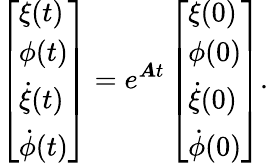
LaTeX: \left[\begin{array}{l}{\xi(t)}\\ {\phi(t)}\\ {\dot{\xi}(t)}\\ {\dot{\phi}(t)}\end{array}\right]=e^{\boldsymbol{A}t}\left[\begin{array}{l}{\xi(0)}\\ {\phi(0)}\\ {\dot{\xi}(0)}\\ {\dot{\phi}(0)}\end{array}\right].